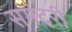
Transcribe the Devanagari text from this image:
समंदरी